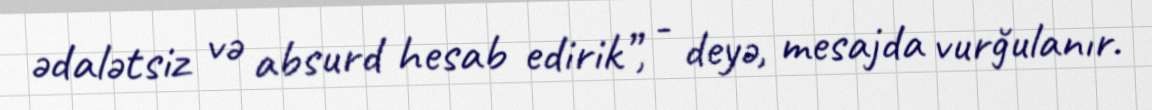
ədalətsiz və absurd hesab edirik”, - deyə, mesajda vurğulanır.